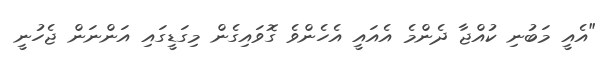
"އެއީ މަބުނި ކުއްޖާ ދެންމެ އެއައީ އެހެންވެ ގޮވައިގެން މިގަޑީގައި އަންނަން ޖެހުނީ